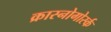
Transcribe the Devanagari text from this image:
क्रास्नोगोर्स्क